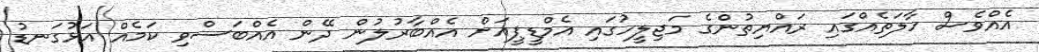
އެއްވެސް ހާލަތެއްގައި ރައްޔިތުންގެ މަޖިލީހުގައި އެމްޑީޕީއަށް އެއްބާރުލުން ދޭން އެއްބަސްވި ކަމެއް އަޅުގަނޑު